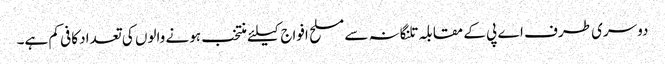
دوسری طرف اے پی کے مقابلہ تلنگانہ سے مسلح افواج کیلئے منتخب ہونے والوں کی تعداد کافی کم ہے۔